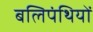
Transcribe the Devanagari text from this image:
बलिपंथियों